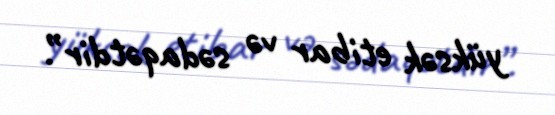
yüksək etibar və sədaqətdir”.